Report on lock hospitals in British Burma
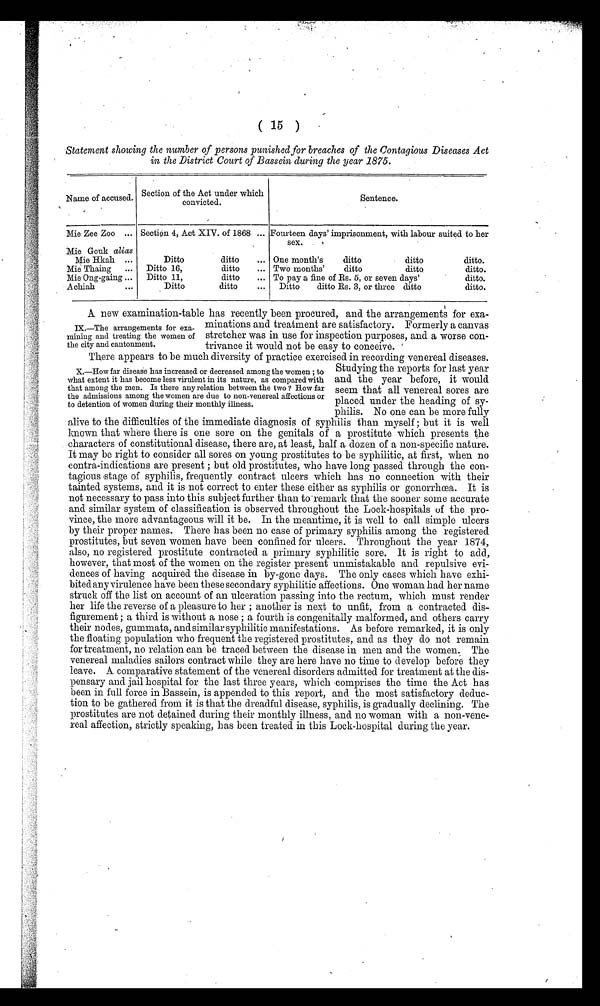
( 15 )
Statement showing the number of persons punished for breaches of the Contagious Diseases Act
in the District Court of Bassein during the year 1875.
Name of accused.
Section of the Act under which
convicted.
Sentence.
Mie Zee Zoo ... Section 4, Act XIV. of 1868 ... Fourteen days' imprisonment, with labour suited to her
sex.
Mie Gouk alias
Mie Hkah ...
Ditto
ditto
... One month's
ditto
ditto
ditto.
Mie Thaing
...
Ditto 16,
ditto
... Two months'
ditto
ditto
ditto.
Mie Ong-gaing ...
Ditto 11,
ditto
... To pay a fine of Rs. 5, or seven days'
ditto.
Achiah
. . .
Ditto
ditto
...
Ditto
ditto Rs. 3, or three ditto
ditto.
A new examination-table has recently been procured, and the arrangements for exa-
minations and treatment are satisfactory. Formerly a canvas
stretcher was in use for inspection purposes, and a worse con
trivance it would not be easy to conceive.
There appears to be much diversity of practice exercised in recording venereal diseases.
Studying the reports for last year
and the year before, it would
seem that all venereal sores are
placed under the heading of sy-
philis. No one can be more fully
alive to the difficulties of the immediate diagnosis of syphilis than myself ; but it is well
known that where there is one sore on the genitals of a prostitute which presents the
characters of constitutional disease, there are, at least, half a dozen of a non-specific nature.
It may be right to consider all sores on young prostitutes to be syphilitic, at first, when no
contra-indications are present ; but old prostitutes, who have long passed through the con-
tagious stage of syphilis, frequently contract ulcers which has no connection with their
tainted systems, and it is not correct to enter these either as syphilis or gonorrhoea. It is
not necessary to pass into this subject further than to remark that the sooner some accurate
and similar system of classification is observed throughout the Lock-hospitals of the pro-
vince, the more advantageous will it be. In the meantime, it is well to call simple ulcers
by their proper names. There has been no case of primary syphilis among the registered
prostitutes, but seven women have been confined for ulcers. Throughout the year 1874,
also, no registered prostitute contracted a primary syphilitic sore. It is right to add,
however, that most of the women on the register present unmistakable and repulsive evi-
dences of having acquired the disease in by-gone days. The only cases which have exhi-
bited any virulence have been these secondary syphilitic affections. One woman had her name
struck off the list on account of an ulceration passing into the rectum, which must render
her life the reverse of a pleasure to her ; another is next to unfit, from a contracted dis-
figurement ; a third is without a nose ; a fourth is congenitally malformed, and others carry
their nodes, gummata, and similar syphilitic manifestations. As before remarked, it is only
the floating population who frequent the registered prostitutes, and as they do not remain
for treatment, no relation can be traced between the disease in men and the women. The
venereal maladies sailors contract while they are here have no time to develop before they
leave. A comparative statement of the venereal disorders admitted for treatment at the dis-
pensary and jail hospital for the last three years, which comprises the time the Act has
been in full force in Bassein, is appended to this report, and the most satisfactory deduc-
tion to be gathered from it is that the dreadful disease, syphilis, is gradually declining. The
prostitutes are not detained during their monthly illness, and no woman with a non-vene-
real affection, strictly speaking, has been treated in this Lock-hospital during the year.
IX.—The arrangements for exa-
mining and treating the women of
the city and cantonment.
X.—How far disease has increased or decreased among the women ; to
what extent it has become less virulent in its nature, as compared with
that among the men. Is there any relation between the two ? How far
the admissions among the women are due to non-venereal affections or
to detention of women during their monthly illness.